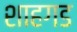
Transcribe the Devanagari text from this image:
शाहगड